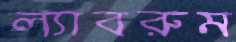
ল্যাবরুম